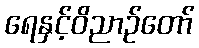
ရေနှင့်ဝိညာဉ်တော်